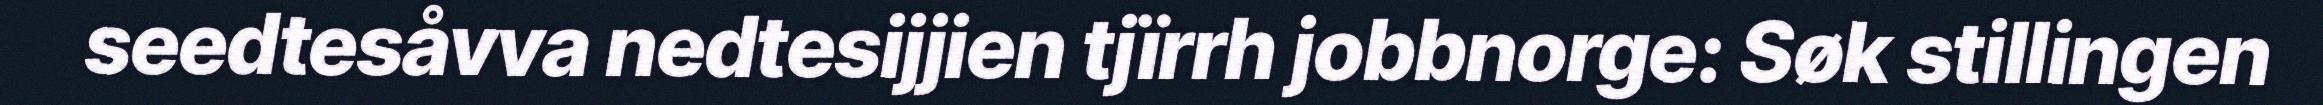
seedtesåvva nedtesijjien tjïrrh jobbnorge: Søk stillingen